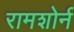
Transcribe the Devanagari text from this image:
रामशोर्न